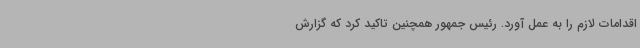
اقدامات لازم را به عمل آورد. رئیس جمهور همچنین تاکید کرد که گزارش